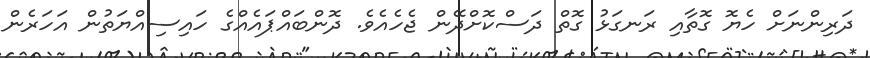
ދަރިންނަށް ހެޔޮ ގޮތާއި ރަނގަޅު ގޮތް ދަސްކޮށްދޭން ޖެހެއެވެ. ދޮންބައްޕައެއްގެ ހައިސިއްޔަތުން އަހަރެން